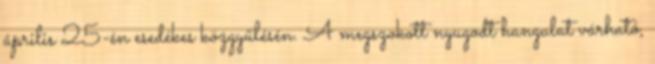
április 25-én esedékes közgyűlésén. A megszokott nyugodt hangulat várható,